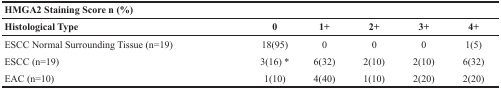
<table><thead><tr><td colspan="6"><b>HMGA2 Staining Score n (%)</b></td></tr><tr><td><b>Histological Type</b></td><td><b>0</b></td><td><b>1+</b></td><td><b>2+</b></td><td><b>3+</b></td><td><b>4+</b></td></tr></thead><tbody><tr><td>ESCC Normal Surrounding Tissue (n=19)</td><td>18(95)</td><td>0</td><td>0</td><td>0</td><td>1(5)</td></tr><tr><td>ESCC (n=19)</td><td>3(16) *</td><td>6(32)</td><td>2(10)</td><td>2(10)</td><td>6(32)</td></tr><tr><td>EAC (n=10)</td><td>1(10)</td><td>4(40)</td><td>1(10)</td><td>2(20)</td><td>2(20)</td></tr></tbody></table>